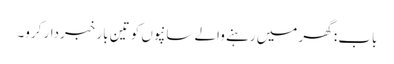
باب : گھر میں رہنے والے سانپوں کو تین بار خبردار کرو۔